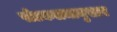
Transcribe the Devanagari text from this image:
पोटकलमानुसार